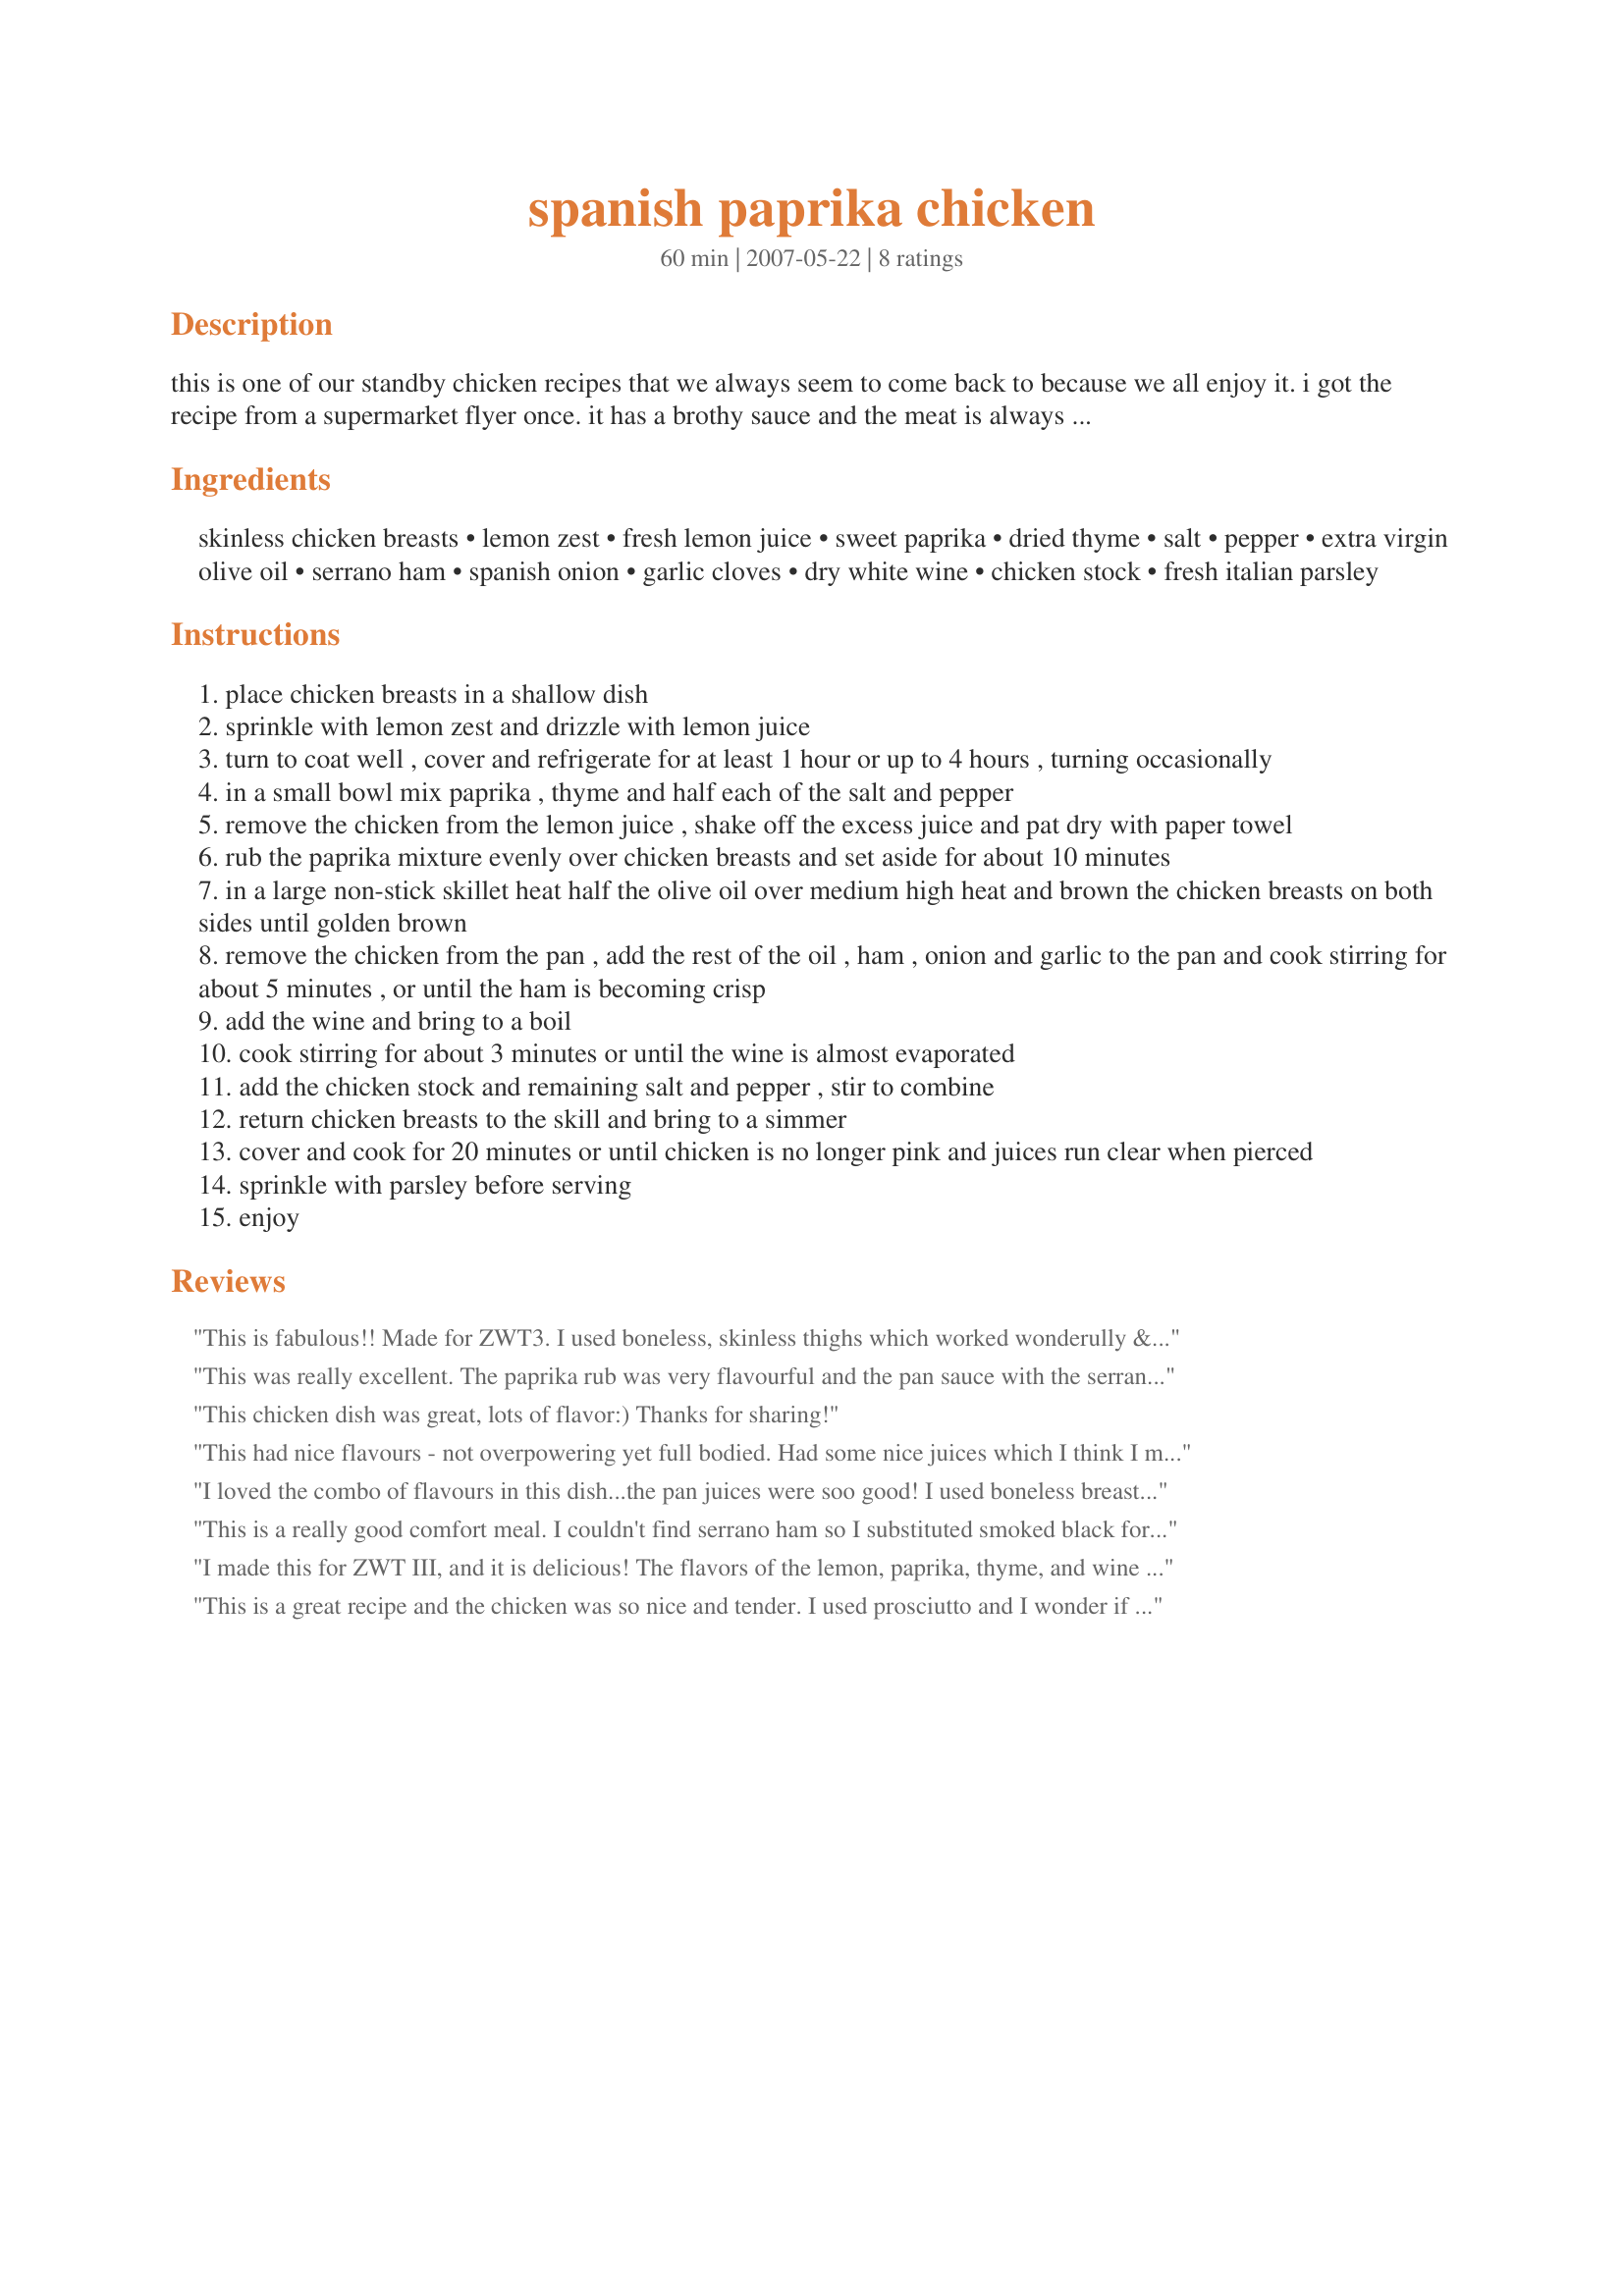
spanish paprika chicken
Preparation time: 60 minutes

this is one of our standby chicken recipes that we always seem to come back to because we all enjoy it. i got the recipe from a supermarket flyer once. it has a brothy sauce and the meat is always juicy with spanish flavors. this goes great with mashed potatoes and a salad.

Ingredients:
skinless chicken breasts, lemon zest, fresh lemon juice, sweet paprika, dried thyme, salt, pepper, extra virgin olive oil, serrano ham, spanish onion, garlic cloves, dry white wine, chicken stock, fresh italian parsley

Steps:
place chicken breasts in a shallow dish
sprinkle with lemon zest and drizzle with lemon juice
turn to coat well , cover and refrigerate for at least 1 hour or up to 4 hours , turning occasionally
in a small bowl mix paprika , thyme and half each of the salt and pepper
remove the chicken from the lemon juice , shake off the excess juice and pat dry with paper towel
rub the paprika mixture evenly over chicken breasts and set aside for about 10 minutes
in a large non-stick skillet heat half the olive oil over medium high heat and brown the chicken breasts on both sides until golden brown
remove the chicken from the pan , add the rest of the oil , ham , onion and garlic to the pan and cook stirring for about 5 minutes , or until the ham is becoming crisp
add the wine and bring to a boil
cook stirring for about 3 minutes or until the wine is almost evaporated
add the chicken stock and remaining salt and pepper , stir to combine
return chicken breasts to the skill and bring to a simmer
cover and cook for 20 minutes or until chicken is no longer pink and juices run clear when pierced
sprinkle with parsley before serving
enjoy

Reviews:
This is fabulous!! Made for ZWT3. I used boneless, skinless thighs which worked wonderully & cooked more quickly. Both kids RAVED which makes it a 10+ star repeater in my home! Thanks, Marlitt!
This was really excellent. The paprika rub was very flavourful and the pan sauce with the serrano ham was out of this world. I added about a half pound of button mushrooms to the chicken once it was cooking in the wine/stock mixture. Served over saffron rice, this was lovely.
This chicken dish was great, lots of flavor:) Thanks for sharing!
This had nice flavours - not overpowering yet full bodied. Had some nice juices which I think I might thicken up into a sauce next time I make it.
April2008 - made this again but used a Smoke Paprika over the sweet - yum -try it that way!
I loved the combo of flavours in this dish...the pan juices were soo good! I used boneless breasts as that is what I had on hand..these were still moist and flavursome.I served this with Recipe #113983 and a green salad.
This is a really good comfort meal. I couldn't find serrano ham so I substituted smoked black forest ham. Like the other reviewers, I used a Vidalia onion. The highlight of the meal was definitely the pan juices, which could easily be thickened up into a gravy. I served it with some rice, which soaked up all the sauce but it would also be good with potatoes. Next time, I'm going to skip the lemon because the lemony taste did not really go with the rest of the flavours and both my DH and I thought it was odd. Will definitely do this again though on a rainy day.
I made this for ZWT III, and it is delicious! The flavors of the lemon, paprika, thyme, and wine really blend beautifully.

The only change I made was the onion. Spanish onions weren't available, so I used a Vidalia. It was a pretty decent substitute.
This is a great recipe and the chicken was so nice and tender. I used prosciutto and I wonder if that is why mine was so salty as I do not see anyone else saying that in their reviews. I had to use a Vadallia onion as Spanish onions were not available. The sauce was good... just a bit too salty to put this one over the top for us. Thanks Marlitt!
